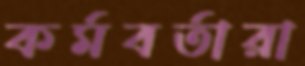
কর্মবর্তারা